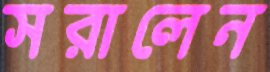
সরালেন